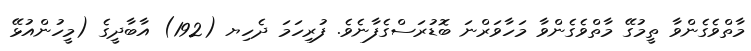
މާތްވެގެންވާ ތީމުގޭ މާތްވެގެންވާ މަހާވަރްނަ ބޮޑުރަސްގެފާނެވެ. ފުރިހަމަ ދެހިޔ (192) އާބާދީގެ (މީހުންއުޅޭ